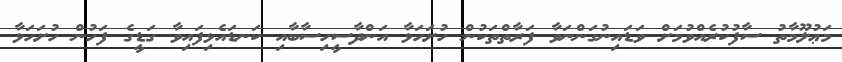
މަޢުލޫމާތު ސާފުކުރެއްވުމަށް ވަޑައިނުގަންނަވާ ފަރާތްތަކުން ހުށަހަޅާ އަންދާސީހިސާބާއި ކަނޑައެޅިފައިވާ ގަޑީގެ ފަހުން ހުށަހަޅާ